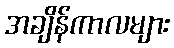
အချိန်ကာလများ